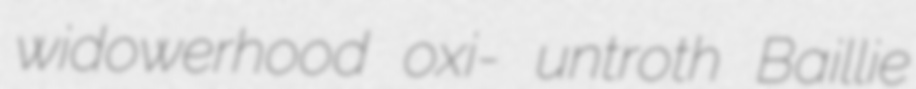
widowerhood oxi- untroth Baillie